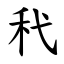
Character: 䄩